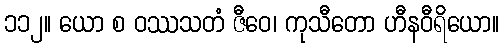
၁၁၂။ ယော စ ဝဿသတံ ဇီဝေ၊ ကုသီတော ဟီနဝီရိယော။